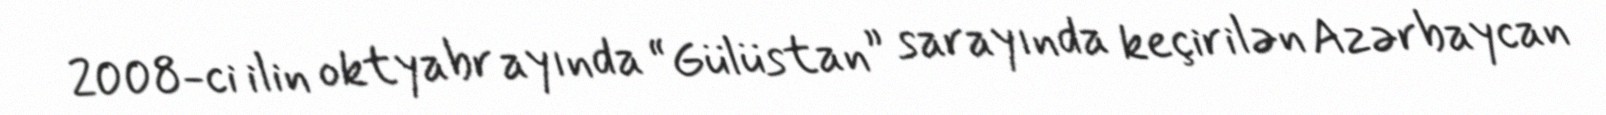
2008-ci ilin oktyabr ayında “Gülüstan” sarayında keçirilən Azərbaycan